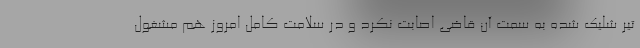
تیر شلیک شده به سمت آن قاضی اصابت نکرد و در سلامت کامل امروز هم مشغول